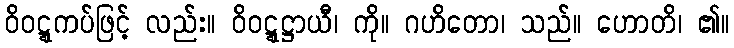
ဝိဝဋ္ဋကပ်ဖြင့် လည်း။ ဝိဝဋ္ဋဋ္ဌာယီ၊ ကို။ ဂဟိတော၊ သည်။ ဟောတိ၊ ၏။